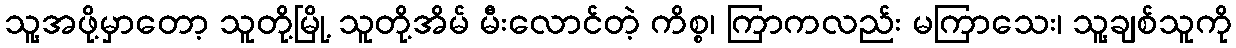
သူ့အဖို့မှာတော့ သူတို့မြို့ သူတို့အိမ် မီးလောင်တဲ့ ကိစ္စ၊ ကြာကလည်း မကြာသေး၊ သူ့ချစ်သူကို